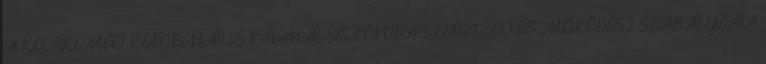
A KECSKEMÉTI REFORMÁTUS PÁLMÁCSKA ÓVODA SZERVEZETI ÉS MŰKÖDÉSI SZABÁLYZATA